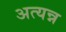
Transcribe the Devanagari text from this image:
अत्यन्न